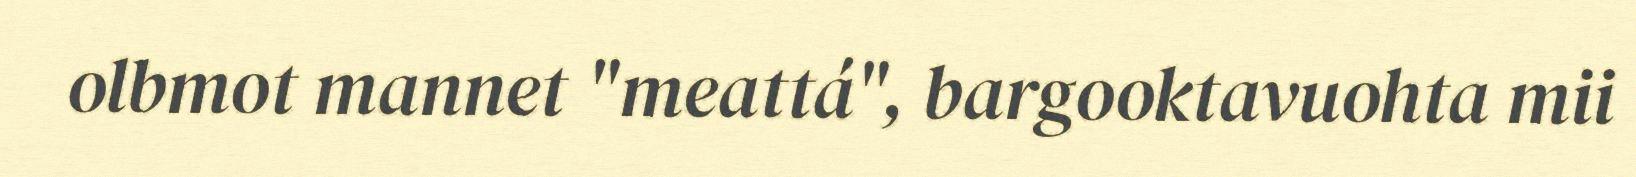
olbmot mannet "meattá", bargooktavuohta mii